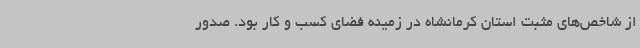
از شاخص‌های مثبت استان کرمانشاه در زمینه فضای کسب و کار بود. صدور